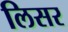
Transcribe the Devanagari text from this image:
लिसर